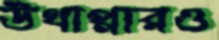
উথাপ্পারও